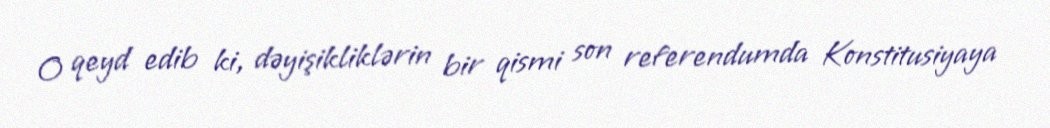
O qeyd edib ki, dəyişikliklərin bir qismi son referendumda Konstitusiyaya